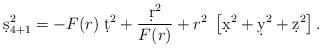
LaTeX: \begin{align*}\d s^2_{4+1} = - F(r)\; \d t^2 +{\d r^2\over F(r)} + r^2 \; \left[\d x^2 + \d y^2 + \d z^2 \right].\end{align*}